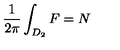
\frac { 1 } { 2 \pi } \int _ { D _ { 2 } } F = N